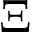
\Xi